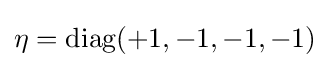
\eta ={\mbox{diag}}(+1,-1,-1,-1)